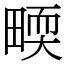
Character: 𤲬